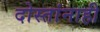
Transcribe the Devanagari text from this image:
दोस्तांनाही